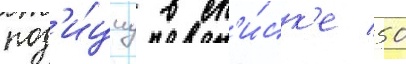
поз'и́циу в сп'и́ск'е 50